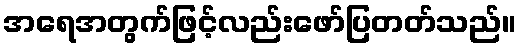
အရေအတွက်ဖြင့်လည်းဖော်ပြတတ်သည်။